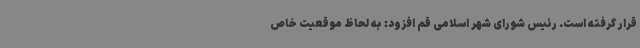
قرار گرفته است. رئیس شورای شهر اسلامی قم افزود: به لحاظ موقعیت خاص